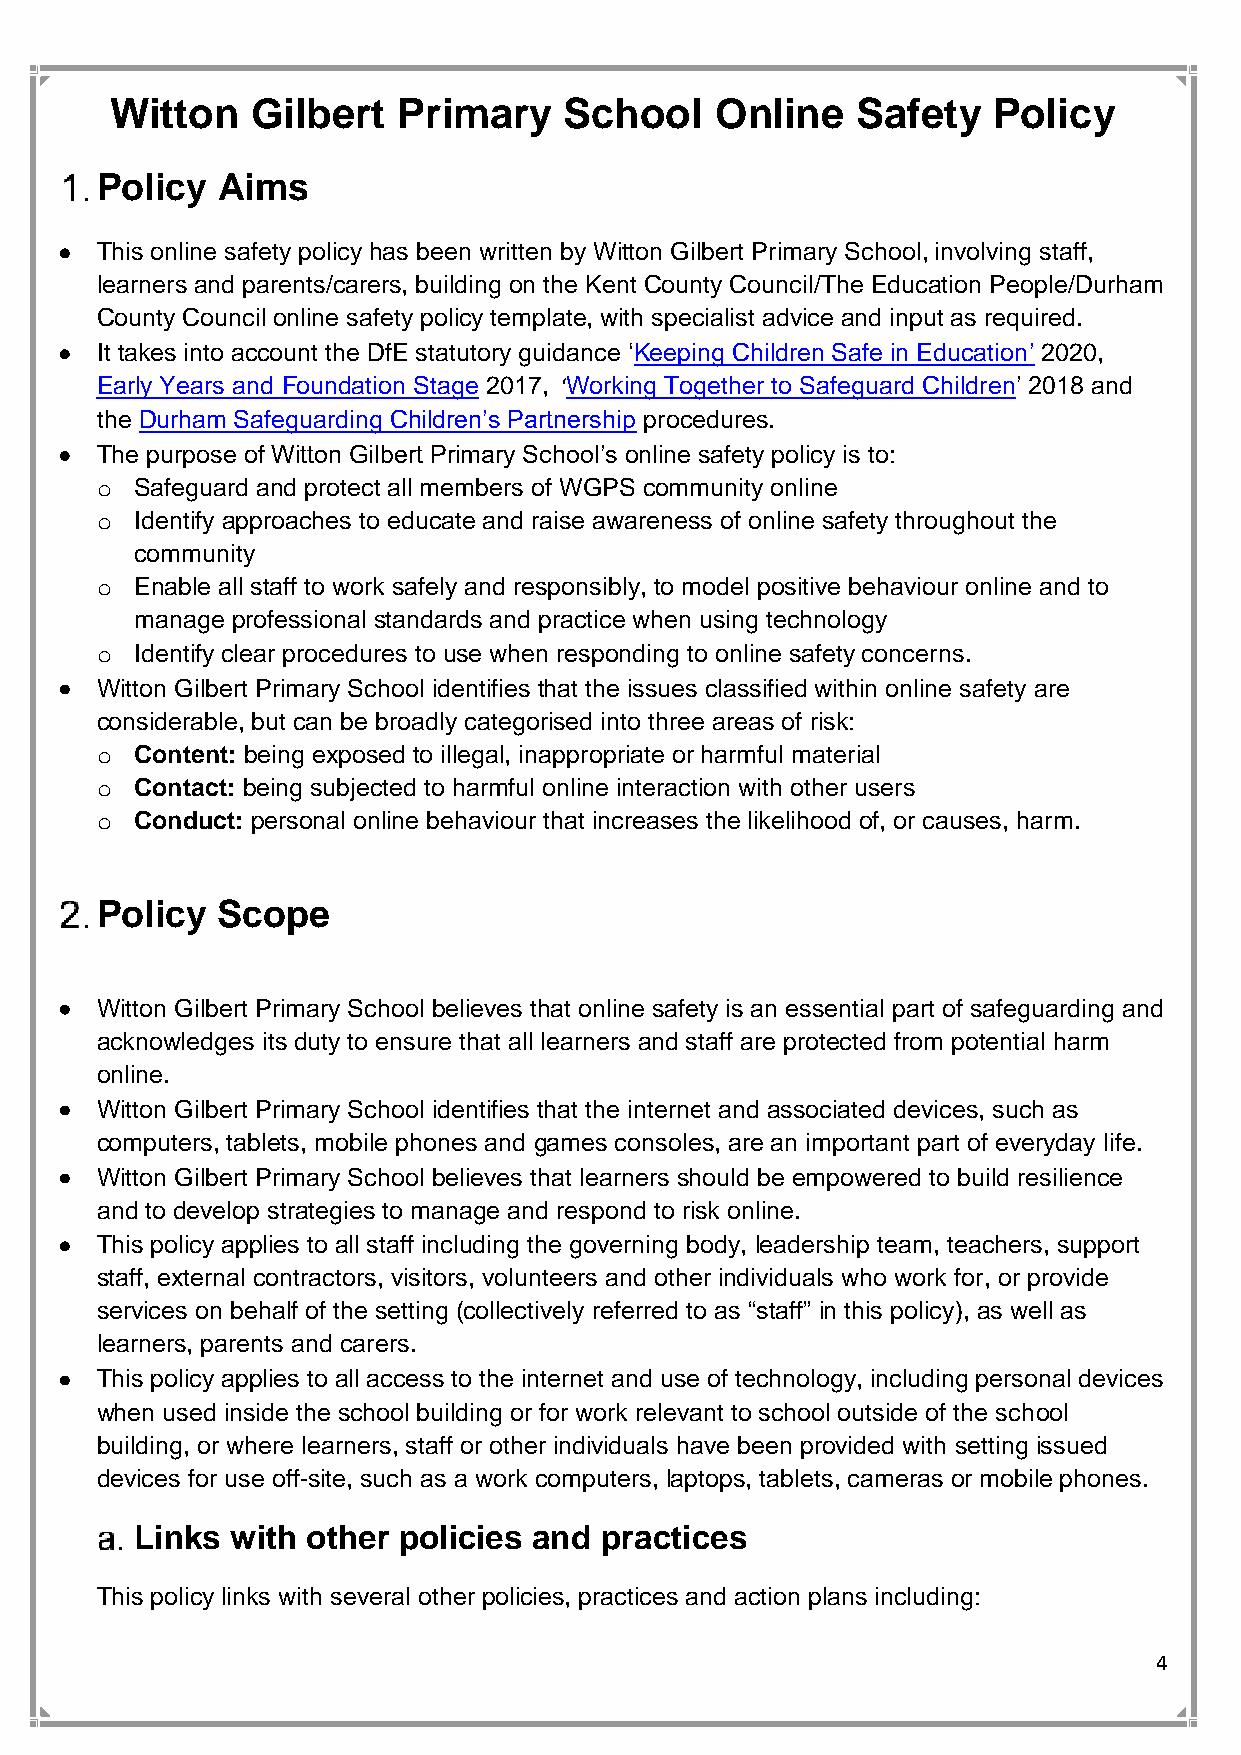
Witton    Gilbert  Primary    School    Online    Safety   Policy
 Policy  Aims
 • This online safety policy has been written by Witton Gilbert Primary School, involving staff,
 learners and parents/carers, building on the Kent County Council/The Education People/Durham
 County Council online safety policy template, with specialist advice and input as required.
 • It takes into account the DfE statutory guidance ‘Keeping Children Safe in Education’ 2020,
 Early Years and Foundation Stage 2017, ‘Working Together to Safeguard Children’ 2018 and
 the Durham Safeguarding Children’s Partnership procedures.
 • The purpose of Witton Gilbert Primary School’s online safety policy is to:
 o  Safeguard and protect all members of WGPS community online
 o  Identify approaches to educate and raise awareness of online safety throughout the
 community
 o  Enable all staff to work safely and responsibly, to model positive behaviour online and to
 manage professional standards and practice when using technology
 o  Identify clear procedures to use when responding to online safety concerns.
 • Witton Gilbert Primary School identifies that the issues classified within online safety are
 considerable, but can be broadly categorised into three areas of risk:
 o  Content: being exposed to illegal, inappropriate or harmful material
 o  Contact: being subjected to harmful online interaction with other users
 o  Conduct: personal online behaviour that increases the likelihood of, or causes, harm.
 Policy  Scope
 • Witton Gilbert Primary School believes that online safety is an essential part of safeguarding and
 acknowledges its duty to ensure that all learners and staff are protected from potential harm
 online.
 • Witton Gilbert Primary School identifies that the internet and associated devices, such as
 computers, tablets, mobile phones and games consoles, are an important part of everyday life.
 • Witton Gilbert Primary School believes that learners should be empowered to build resilience
 and to develop strategies to manage and respond to risk online.
 • This policy applies to all staff including the governing body, leadership team, teachers, support
 staff, external contractors, visitors, volunteers and other individuals who work for, or provide
 services on behalf of the setting (collectively referred to as “staff” in this policy), as well as
 learners, parents and carers.
 • This policy applies to all access to the internet and use of technology, including personal devices
 when used inside the school building or for work relevant to school outside of the school
 building, or where learners, staff or other individuals have been provided with setting issued
 devices for use off-site, such as a work computers, laptops, tablets, cameras or mobile phones.
 Links with other policies and  practices
 This policy links with several other policies, practices and action plans including:
 4